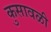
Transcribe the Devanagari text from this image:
कुसावळी